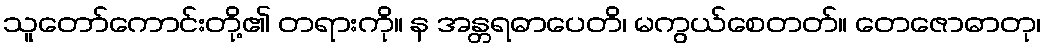
သူတော်ကောင်းတို့၏ တရားကို။ န အန္တရဓာပေတိ၊ မကွယ်စေတတ်။ တေဇောဓာတု၊